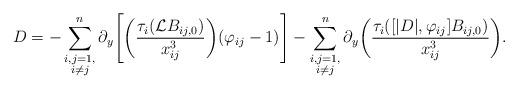
LaTeX: \begin{align*}D=-\sum_{\substack{i,j=1,\\i\not=j}}^n\partial_y\Bigg[\bigg(\frac{\tau_i(\mathcal{L}B_{ij,0})}{x_{ij}^3}\bigg)(\varphi_{ij}-1)\Bigg]-\sum_{\substack{i,j=1,\\i\not=j}}^n\partial_y\bigg(\frac{\tau_i([|D|,\varphi_{ij}]B_{ij,0})}{x_{ij}^3}\bigg).\end{align*}